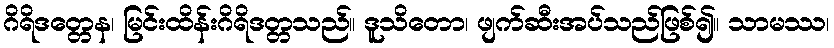
ဂိရိဒတ္တေန၊ မြင်းထိန်းဂိရိဒတ္တသည်။ ဒူသိတော၊ ဖျက်ဆီးအပ်သည်ဖြစ်၍။ သာမဿ၊